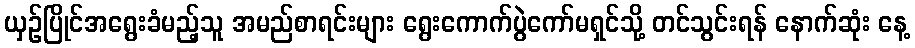
ယှဉ်ပြိုင်အရွေးခံမည့်သူ အမည်စာရင်းများ ရွေးကောက်ပွဲကော်မရှင်သို့ တင်သွင်းရန် နောက်ဆုံး နေ့